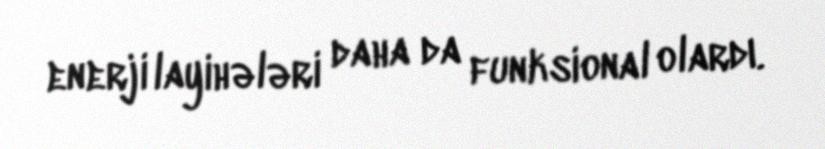
enerji layihələri daha da funksional olardı.